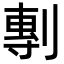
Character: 剸